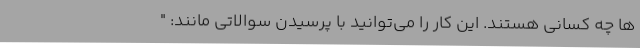
ها چه کسانی هستند. این کار را می‌توانید با پرسیدن سوالاتی مانند: "